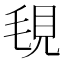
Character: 覒